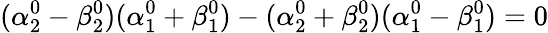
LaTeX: (\alpha_{2}^{0}-\beta_{2}^{0})(\alpha_{1}^{0}+\beta_{1}^{0})-(\alpha_{2}^{0}+\beta_{2}^{0})(\alpha_{1}^{0}-\beta_{1}^{0})=0